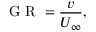
\mathrm { ~ G ~ R ~ } = \frac { v } { U _ { \infty } } ,